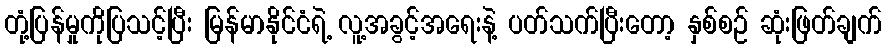
တုံ့ပြန်မှုကိုပြသင့်ပြီး မြန်မာနိုင်ငံရဲ့ လူ့အခွင့်အရေးနဲ့ ပတ်သက်ပြီးတော့ နှစ်စဉ် ဆုံးဖြတ်ချက်